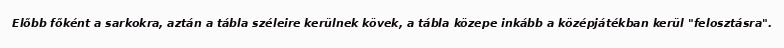
Előbb főként a sarkokra, aztán a tábla széleire kerülnek kövek, a tábla közepe inkább a középjátékban kerül "felosztásra".